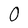
Character: 0